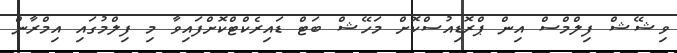
ވިޝޭޝް ފިލްމްސް އިން ޕްރޮޑިއުސްކޮށް މަހޭޝް ބަޓް ޑައިރެކްޓްކޮށްފައިވާ މި ފިލްމުގައި އިމްރާން